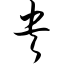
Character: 央